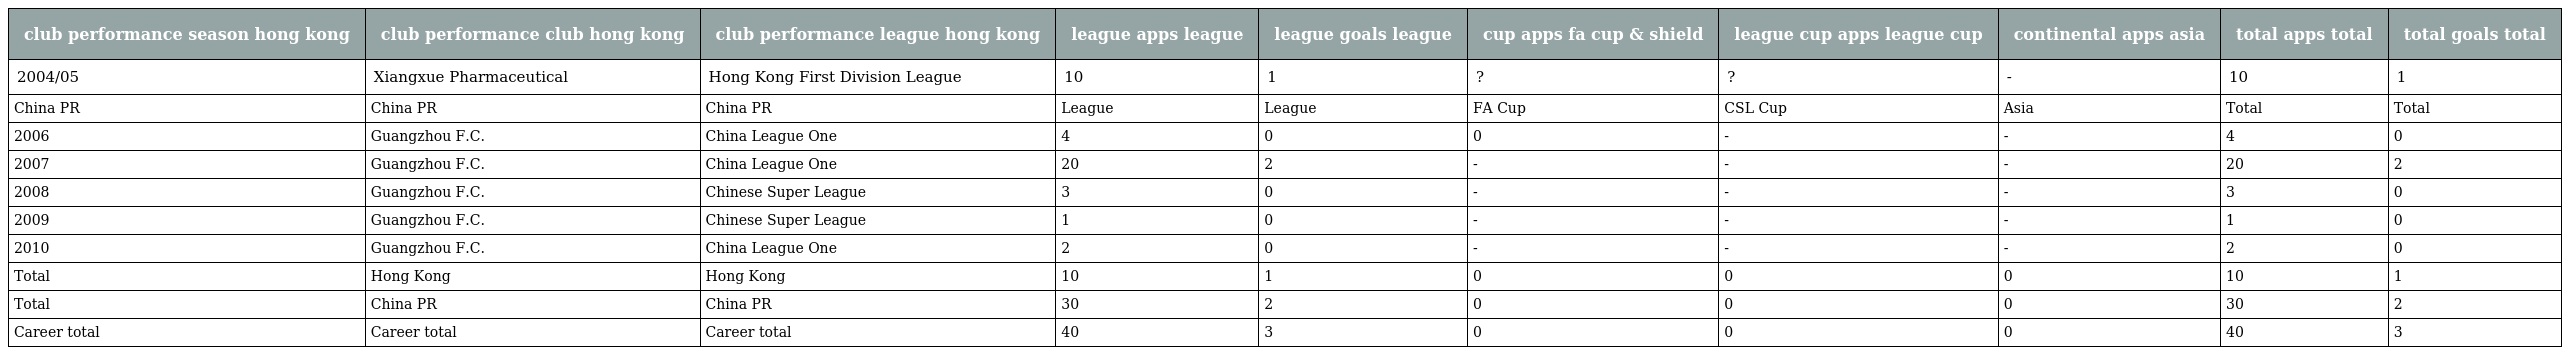
| club performance season hong kong | club performance club hong kong | club performance league hong kong | league apps league | league goals league | cup apps fa cup & shield | league cup apps league cup | continental apps asia | total apps total | total goals total |
 | --- | --- | --- | --- | --- | --- | --- | --- | --- | --- |
 | 2004/05 | Xiangxue Pharmaceutical | Hong Kong First Division League | 10 | 1 | ? | ? | - | 10 | 1 |
 | China PR | China PR | China PR | League | League | FA Cup | CSL Cup | Asia | Total | Total |
 | 2006 | Guangzhou F.C. | China League One | 4 | 0 | 0 | - | - | 4 | 0 |
 | 2007 | Guangzhou F.C. | China League One | 20 | 2 | - | - | - | 20 | 2 |
 | 2008 | Guangzhou F.C. | Chinese Super League | 3 | 0 | - | - | - | 3 | 0 |
 | 2009 | Guangzhou F.C. | Chinese Super League | 1 | 0 | - | - | - | 1 | 0 |
 | 2010 | Guangzhou F.C. | China League One | 2 | 0 | - | - | - | 2 | 0 |
 | Total | Hong Kong | Hong Kong | 10 | 1 | 0 | 0 | 0 | 10 | 1 |
 | Total | China PR | China PR | 30 | 2 | 0 | 0 | 0 | 30 | 2 |
 | Career total | Career total | Career total | 40 | 3 | 0 | 0 | 0 | 40 | 3 |